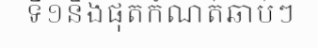
ទី១នឹងផុតកំណត់ឆាប់ៗ